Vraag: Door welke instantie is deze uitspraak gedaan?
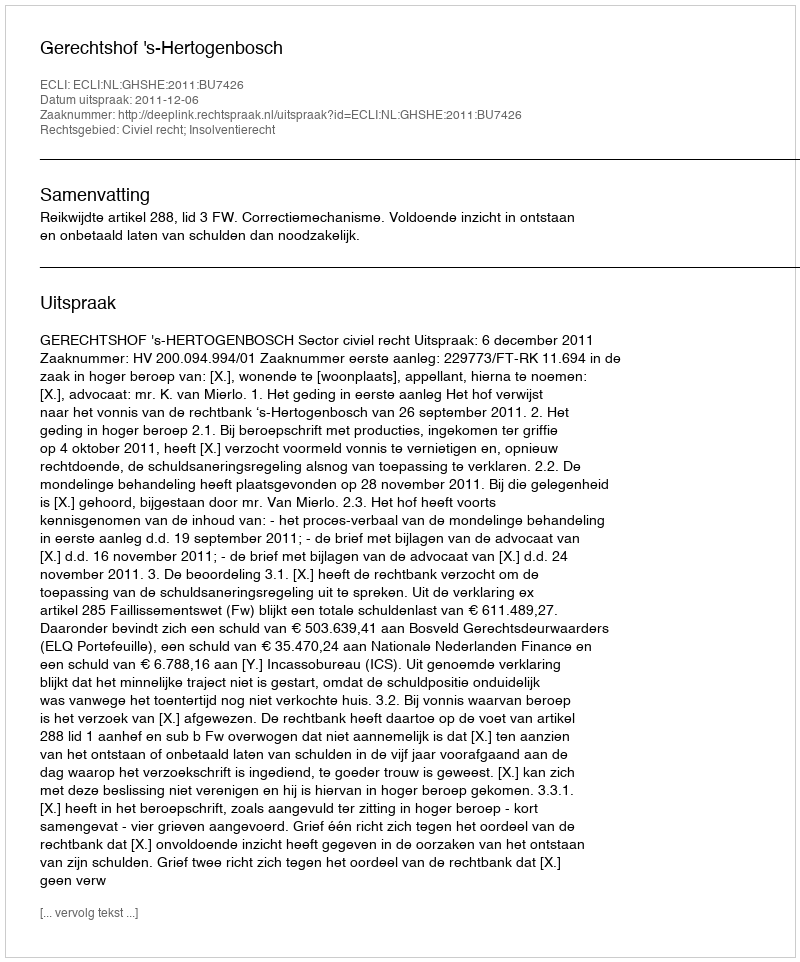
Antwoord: Gerechtshof 's-Hertogenbosch